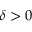
\delta > 0